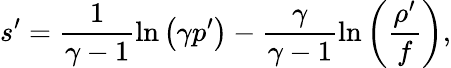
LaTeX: s^{\prime}=\frac{1}{\gamma-1}\ln\left(\gamma p^{\prime}\right)-\frac{\gamma}{\gamma-1}\ln\left(\frac{\rho^{\prime}}{f}\right),